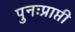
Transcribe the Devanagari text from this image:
पुनःप्राप्ती